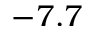
- 7 . 7